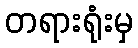
တရားရုံးမှ